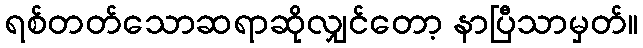
ရစ်တတ်သောဆရာဆိုလျှင်တော့ နာပြီသာမှတ်။